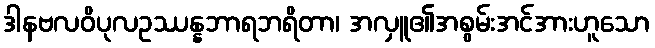
ဒါနဗလဝိပုလဥဿန္နဘာရဘရိတာ၊ အလှူ၏အစွမ်းအင်အားဟူသော